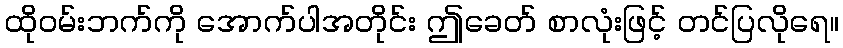
ထိုဝမ်းဘက်ကို အောက်ပါအတိုင်း ဤခေတ် စာလုံးဖြင့် တင်ပြလိုရေ။